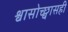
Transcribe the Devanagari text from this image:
श्वासोच्छ्वासही